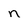
Character: n